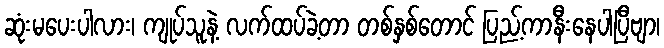
ဆုံးမပေးပါလား၊ ကျုပ်သူနဲ့ လက်ထပ်ခဲ့တာ တစ်နှစ်တောင် ပြည့်ကာနီးနေပါပြီဗျာ၊